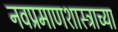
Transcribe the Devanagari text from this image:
नवप्रमाणशास्त्राच्या